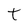
Character: t